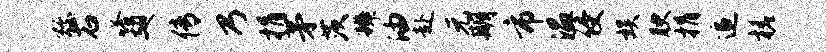
弥石嗒翅传乃捐茅茨辨油赴元期市温侵娱腴捐追槎